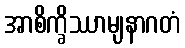
အာစိက္ခိဿာမျနာဂတံ